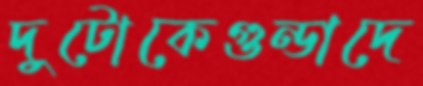
দুটোকেগুন্ডাদে